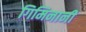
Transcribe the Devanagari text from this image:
गिमिनानी